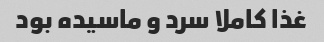
غذا کاملا سرد و ماسیده بود